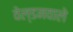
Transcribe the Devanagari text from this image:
वेल्डनवाले